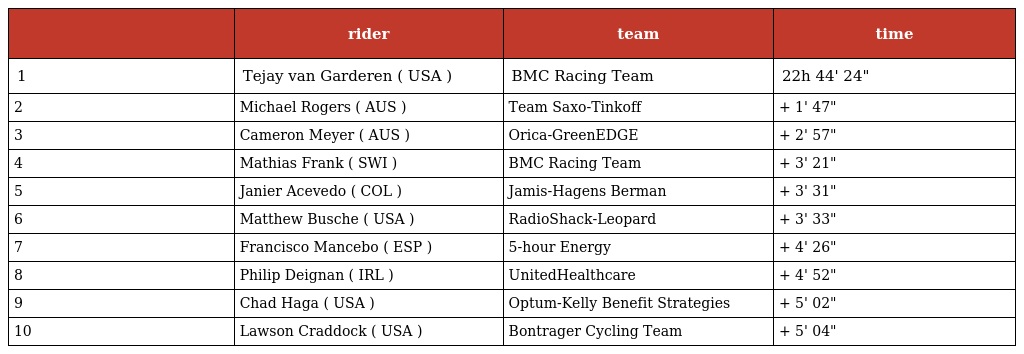
|  | rider | team | time |
 | --- | --- | --- | --- |
 | 1 | Tejay van Garderen ( USA ) | BMC Racing Team | 22h 44' 24" |
 | 2 | Michael Rogers ( AUS ) | Team Saxo-Tinkoff | + 1' 47" |
 | 3 | Cameron Meyer ( AUS ) | Orica-GreenEDGE | + 2' 57" |
 | 4 | Mathias Frank ( SWI ) | BMC Racing Team | + 3' 21" |
 | 5 | Janier Acevedo ( COL ) | Jamis-Hagens Berman | + 3' 31" |
 | 6 | Matthew Busche ( USA ) | RadioShack-Leopard | + 3' 33" |
 | 7 | Francisco Mancebo ( ESP ) | 5-hour Energy | + 4' 26" |
 | 8 | Philip Deignan ( IRL ) | UnitedHealthcare | + 4' 52" |
 | 9 | Chad Haga ( USA ) | Optum-Kelly Benefit Strategies | + 5' 02" |
 | 10 | Lawson Craddock ( USA ) | Bontrager Cycling Team | + 5' 04" |